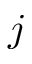
j